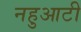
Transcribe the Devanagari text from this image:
नहुआटी